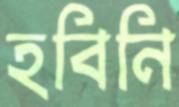
হবিনি